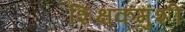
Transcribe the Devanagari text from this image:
शिक्षकमुंशी